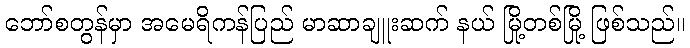
ဘော်စတွန်မှာ အမေရိကန်ပြည် မာဆာချူးဆက် နယ် မြို့တစ်မြို့ ဖြစ်သည်။